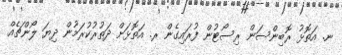
ނ. އަތޮޅު ރޮބިންސަން ރިސޯޓުން ފުރައިގެން ރ. އަތޮޅަށް ދަތުރުކުރަމުން ދިޔަ ލޯންޗެއް